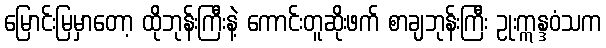
မြောင်းမြမှာတော့ ထိုဘုန်းကြီးနဲ့ ကောင်းတူဆိုးဖက် စာချဘုန်းကြီး ဥုးဣန္ဒဝံသက